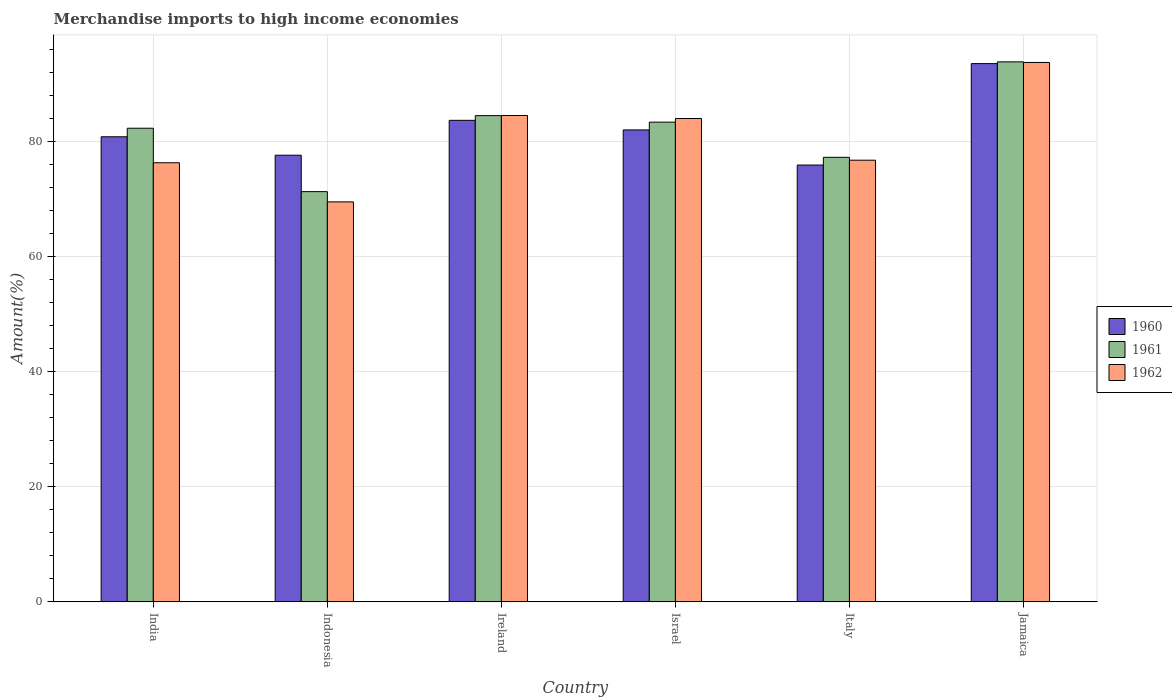
| Country | 1960 | 1961 | 1962 |
 | --- | --- | --- | --- |
 | India | 80.8 | 82.3 | 76.3 |
 | Indonesia | 77.6 | 71.3 | 69.5 |
 | Ireland | 83.7 | 84.5 | 84.5 |
 | Israel | 82 | 83.3 | 84 |
 | Italy | 75.9 | 77.2 | 76.7 |
 | Jamaica | 93.5 | 93.8 | 93.7 |